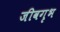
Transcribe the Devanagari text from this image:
जीवगृभ